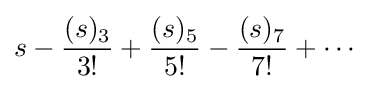
s-{\frac {(s)_{3}}{3!}}+{\frac {(s)_{5}}{5!}}-{\frac {(s)_{7}}{7!}}+\cdots